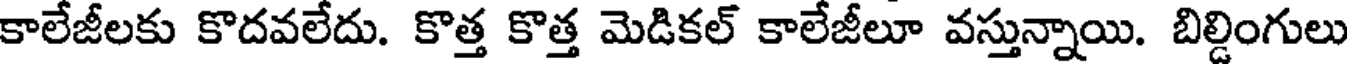
కాలేజీలకు కొదవలేదు. కొత్త కొత్త మెడికల్ కాలేజీలూ వస్తున్నాయి. బిల్డింగులు